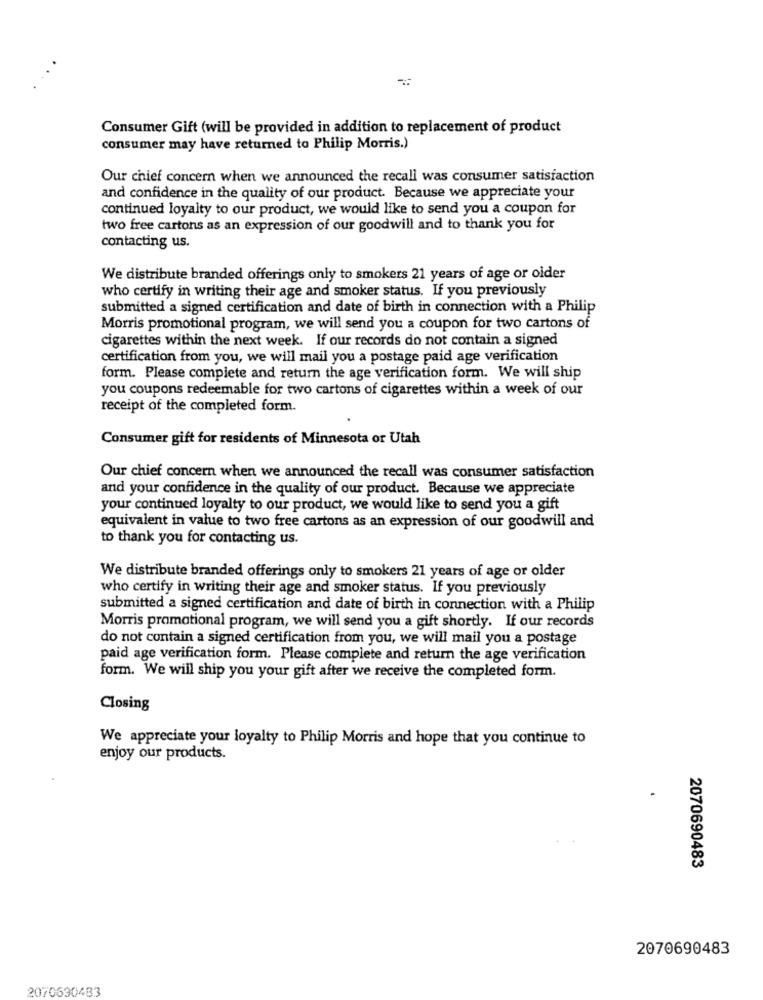
Consumer Gift (will be provided in addition to replacement of product
consumer may have returned to Philip Morris.)
Our chief concern when we announced the recall was consumer satisfaction
and confidence in the quality of our product. Because we appreciate your
continued loyalty to our product, we would like to send you a coupon for
two free cartons as an expression of our goodwill and to thank you for
contacting us.
We distribute branded offerings only to smokers 21 years of age or older
who certify in writing their age and smoker status. If you previously
submitted a signed certification and date of birth in connection with a Philip
Morris promotional program, we will send you a coupon for two cartons of
cigarettes within the next week. If our records do not contain a signed
certification from you, we will mail you a postage paid age verification
form. Please complete and return the age verification form. We will ship
you coupons redeemable for two cartons of cigarettes within a week of our
receipt of the completed form.
Consumer gift for residents of Minnesota or Utah
Our chief concern when we announced the recall was consumer satisfaction
and your confidence in the quality of our product. Because we appreciate
your continued loyalty to our product, we would like to send you a gift
equivalent in value to two free cartons as an expression of our goodwill and
to thank you for contacting us.
We distribute branded offerings only to smokers 21 years of age or older
who certify in writing their age and smoker status. If you previously
submitted a signed certification and date of birth in connection with a Philip
Morris promotional program, we will send you a gift shortly. If our records
do not contain a signed certification from you, we will mail you a postage
paid age verification form. Please complete and return the age verification
form. We will ship you your gift after we receive the completed form.
Closing
We appreciate your loyalty to Philip Morris and hope that you continue to
enjoy our products.
2070690483
2070690483
2070630433